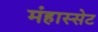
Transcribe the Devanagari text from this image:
मंहास्सेट